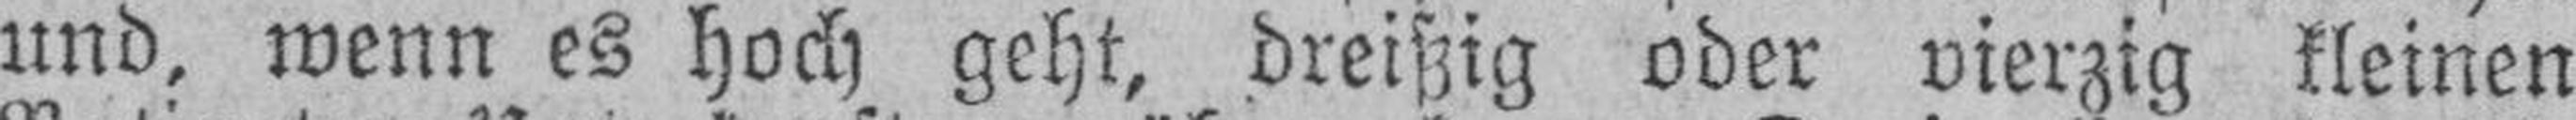
und, wenn es hoch geht, dreißig oder vierzig kleinen